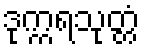
ဒုက္ကရသုတ္တံ